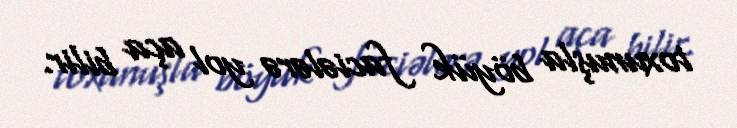
toxunuşla böyük faciələrə yol aça bilir.